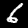
Digit: 6